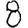
Digit: 8